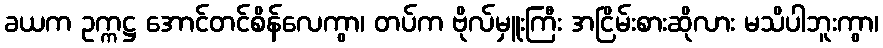
ခယက ဥက္ကဋ္ဌ အောင်တင်စိန်လေကွာ၊ တပ်က ဗိုလ်မှူးကြီး အငြိမ်းစားဆိုလား မသိပါဘူးကွာ၊